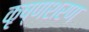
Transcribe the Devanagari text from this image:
कृष्णशरण